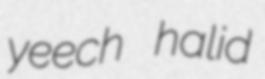
yeech halid